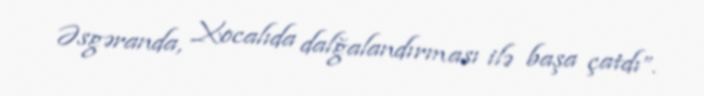
Əsgəranda, Xocalıda dalğalandırması ilə başa çatdı”.